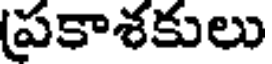
(ప్రకాశకులు